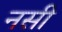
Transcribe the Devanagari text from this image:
नसी